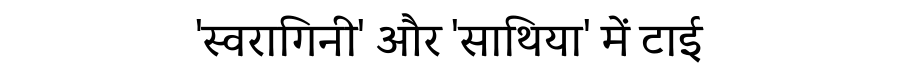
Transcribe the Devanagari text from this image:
'स्वरागिनी' और 'साथिया' में टाई